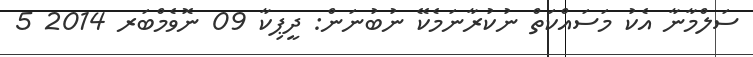
ސަލްމާނާ އެކު މަސައްކަތް ނުކުރާނަމެކޭ ނުބުނަން: ދީޕިކާ 09 ނޮވެމްބަރ 2014 5